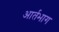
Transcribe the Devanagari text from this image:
आर्तभाग